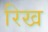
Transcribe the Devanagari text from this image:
रिख